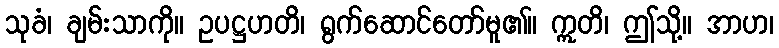
သုခံ၊ ချမ်းသာကို။ ဥပဋ္ဌဟတိ၊ ရွက်ဆောင်တော်မူ၏။ ဣတိ၊ ဤသို့။ အာဟ၊